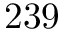
2 3 9